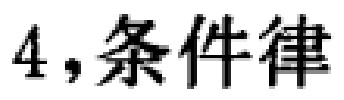
4，条件律